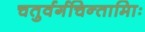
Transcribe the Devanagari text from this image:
चतुर्वर्गचिन्तामािः